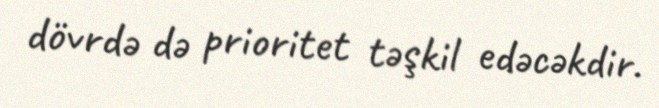
dövrdə də prioritet təşkil edəcəkdir.